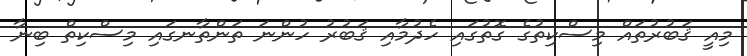
މިއީ ޤަބުރުތައް މިސްކިތުގެ ގޮތުގައި ހެދުމާއި ޤަބުރު ހުންނަ ތަންތާނގައި މިސްކިތް ބިނާ